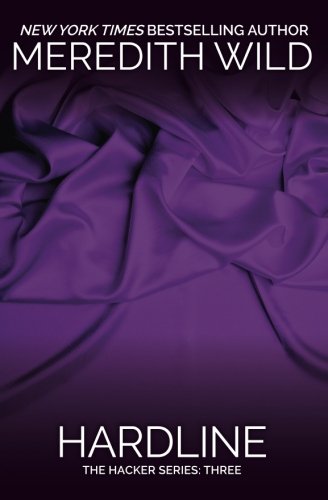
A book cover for Hardline (Hacker); Meredith Wild; Romance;